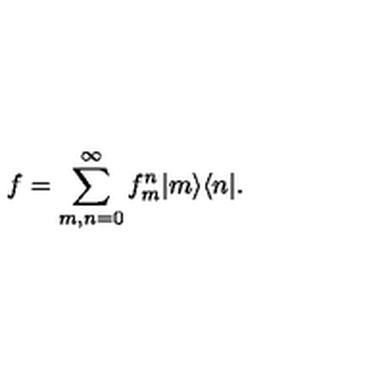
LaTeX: f = \sum _ { m , n = 0 } ^ { \infty } f _ { m } ^ { n } | m \rangle \langle n | .